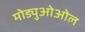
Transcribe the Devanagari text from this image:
मोड्युओओल